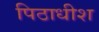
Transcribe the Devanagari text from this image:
पिठाधीश